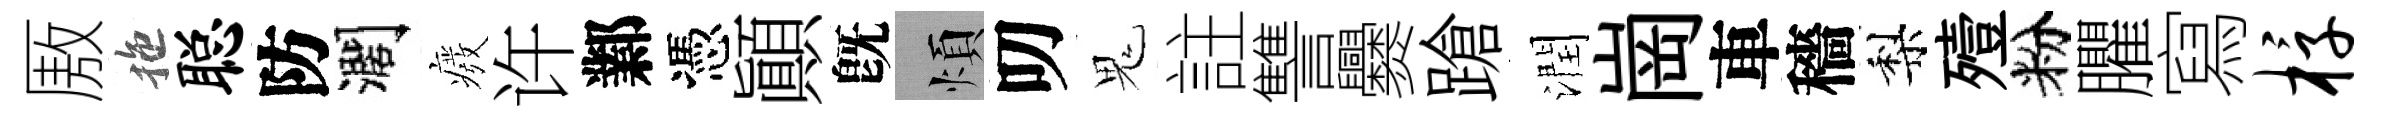
厫拖聪防濶癈许鄴憑顚旣煩叨鬼註讐爨蹌潤崗車穡梨殪粉臞寫椁